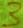
Text: 3